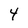
Character: 4